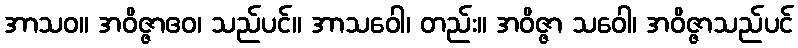
အာသဝ။ အဝိဇ္ဇာဧဝ၊ သည်ပင်။ အာသဝေါ၊ တည်း။ အဝိဇ္ဇာ သဝေါ၊ အဝိဇ္ဇာသည်ပင်